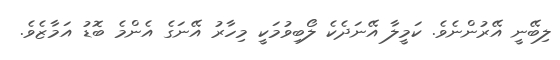
ލިބޭނީ އޭރުންނެވެ. ކަމީލާ އޭނަދެކެ ލޯބިވުމަކީ މިހާރު އޭނަގެ އެންމެ ބޮޑު އަމާޒެވެ.